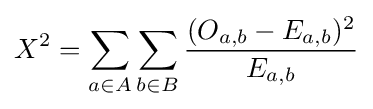
X^{2}=\sum _{a\in A}{\sum _{b\in B}{\frac {(O_{a,b}-E_{a,b})^{2}}{E_{a,b}}}}